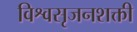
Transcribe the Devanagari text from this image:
विश्वसृजनशक्ती